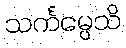
သင်္ကမ္ပေသိ